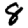
Digit: 8